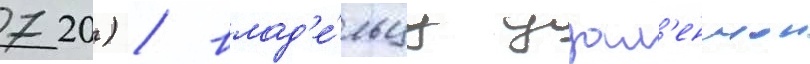
720) / влад'е́льцу удал'еннои